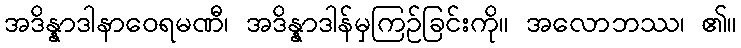
အဒိန္နာဒါနာဝေရမဏီ၊ အဒိန္နာဒါန်မှကြဉ်ခြင်းကို။ အလောဘဿ၊ ၏။